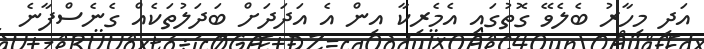
އަދި މިހާރު ބެލެވޭ ގޮތުގައި އެމެރިކާ އިން އެ އަދަދަށް ބަދަލުތަކެއް ގެނެސްފާނެ